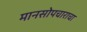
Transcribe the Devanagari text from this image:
मानसोपचाराचा